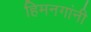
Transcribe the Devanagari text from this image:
हिमनगांनी